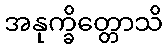
အနုက္ခိတ္တောသိ